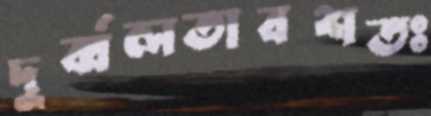
দুর্ব্বলতাবশতঃ